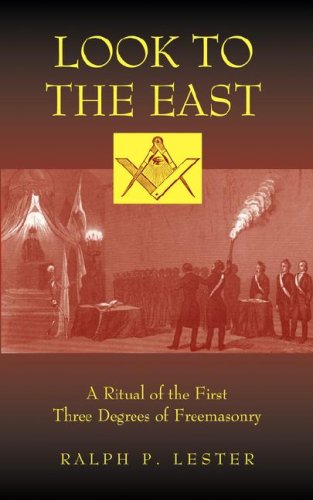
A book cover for Look to the East: A Ritual of the First Three Degrees of Freemasonry; Ralph P. Lester; Religion & Spirituality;